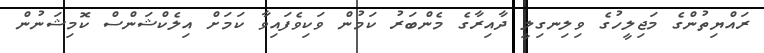
ރައްޔިތުންގެ މަޖިލީހުގެ ވިލިނގިލީ ދާއިރާގެ މެންބަރު ކަމުން ވަކިވެފައިވާ ކަމަށް އިލެކްޝަންސް ކޮމިޝަނުން